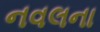
નવલના